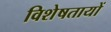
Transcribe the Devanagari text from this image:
विशेषतायों